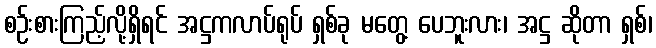
စဉ်းစားကြည့်လို့ရှိရင် အဋ္ဌကလာပ်ရုပ် ရှစ်ခု မတွေ့ ပေဘူးလား၊ အဋ္ဌ ဆိုတာ ရှစ်၊